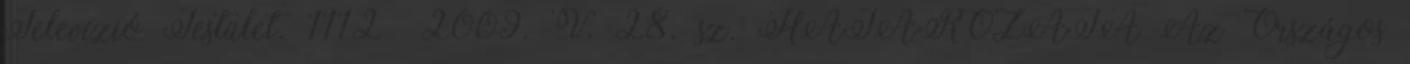
Televízió Testület. 1112 2009. V. 28. sz. HATÁROZATA Az Országos